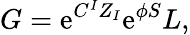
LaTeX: G=\mathrm{e}^{C^{I}Z_{I}}\mathrm{e}^{\phi S}{L},